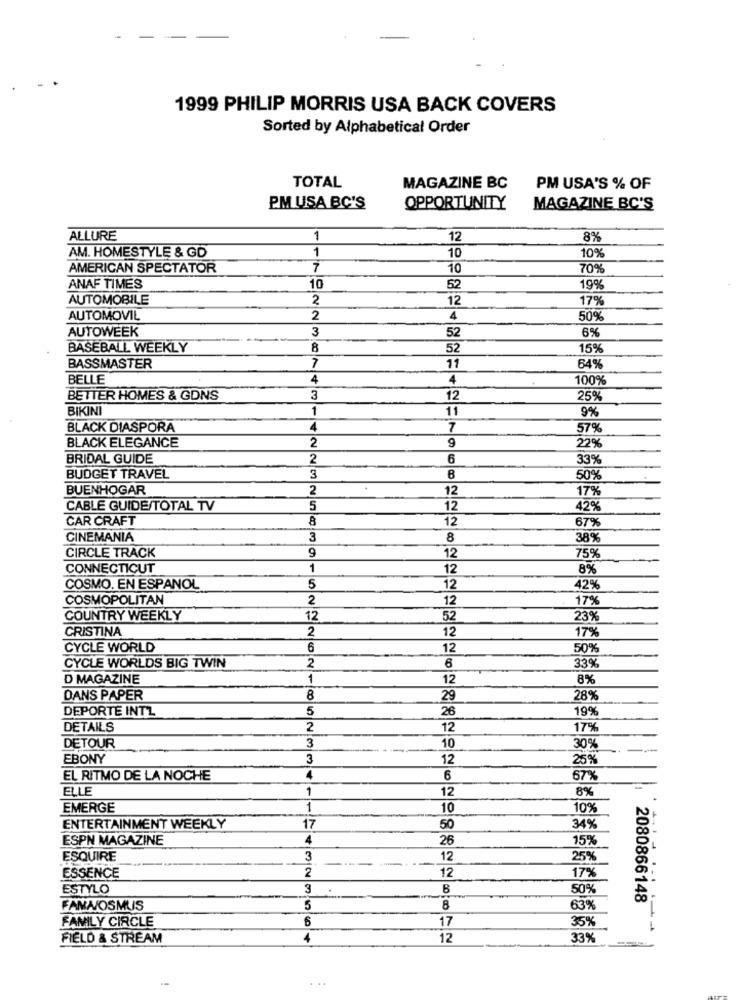
1999 PHILIP MORRIS USA BACK COVERS
Sorted by Alphabetical Order
TOTAL
MAGAZINE BC
PM USA'S % OF
PM USA BC'S
OPPORTUNITY
MAGAZINE BC'S
ALLURE
1
12
8%
AM. HOMESTYLE & GD
1
109
10
AMERICAN SPECTATOR
7
10
70%
ANAF TIMES
10
52
19%
AUTOMOBILE
2
12
17%
AUTOMOVIL
2
4
50%
3
6%
AUTOWEEK
52
BASEBALL WEEKLY
8
52
15%
BASSMASTER
7
11
64%
BELLE
4
4
100%
BETTER HOMES & GONS
3
12
25%
BIKINI
1
11
9%
BLACK DIASPORA
4
7
57%
BLACK ELEGANCE
2
9
22%
BRIDAL GUIDE
2
6
33%
BUDGET TRAVEL
3
50%
BUENHOGAR
2
12
17%
CABLE GUIDE/TOTAL TV
5
12
42%
CAR CRAFT
8
12
67%
CINEMANIA
3
8
38%
CIRCLE TRACK
9
12
75%
CONNECTICUT
1
12
8%
COSMO. EN ESPANOL
5
12
42%
COSMOPOLITAN
2
12
17%
COUNTRY WEEKLY
12
52
23%
CRISTINA
2
12
17%
CYCLE WORLD
6
12
50%
339
CYCLE WORLDS BIG TWIN
2
6
D MAGAZINE
1
12
8%
DANS PAPER
8
29
28%
DEPORTE INTZ
5
26
19%
DETAILS
2
12
17%
DETOUR
10
3
30%
EBONY
3
12
25%
EL RITMO DE LA NOCHE
4
6
67%
ELLE
1
12
8%
EMERGE
1
10
10%
ENTERTAINMENT WEEKLY
17
50
34%
ESPN MAGAZINE
4
26
15%
ESQUIRE
3
12
25%
2
12
ESSENCE
17%
ESTYLO
3
B
50%
2080866148
FAMA/OSMUS
5
8
63%
FAMILY CIRCLE
6
17
35%
FIELD & STREAM
4
12
33%